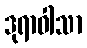
ဒုရာဝါသာ